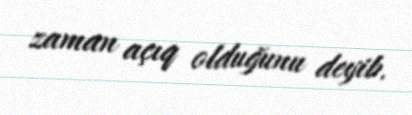
zaman açıq olduğunu deyib.